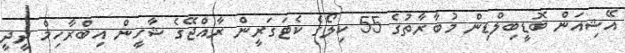
އޭޝިއަން ބޮޑީބިލްޑިން މުބާރާތުގެ 55 ކިލޯގެ ކެޓަގަރީން ރާއްޖޭގެ ޝާހީން އިބްރާހިމް ދީދީ